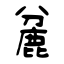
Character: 麄